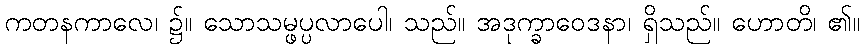
ကတနကာလေ၊ ၌။ သောသမ္ဖပ္ပလာပေါ၊ သည်။ အဒုက္ခာဝေဒနာ၊ ရှိသည်။ ဟောတိ၊ ၏။